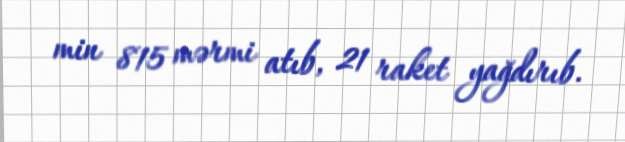
min 815 mərmi atıb, 21 raket yağdırıb.